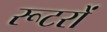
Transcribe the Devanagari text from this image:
रूटरों